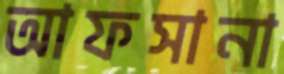
আফসানা